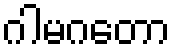
ဂါမဂတော